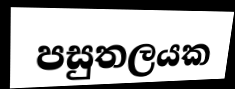
පසුතලයක